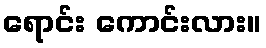
ရောင်း ကောင်းလား။